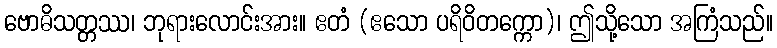
ဗောဓိသတ္တဿ၊ ဘုရားလောင်းအား။ ဧတံ (ဧသော ပရိဝိတက္ကော)၊ ဤသို့သော အကြံသည်။